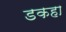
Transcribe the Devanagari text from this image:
डकहा